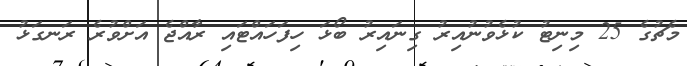
މެޗުގެ 25 މިނިޓު ކުޅެވުނުއިރު ގިނައިރު ބޯޅަ ހިފަހައްޓައި ރާއްޖެ އަށްވުރެ ރަނގަޅު